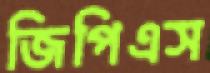
জিপিএস